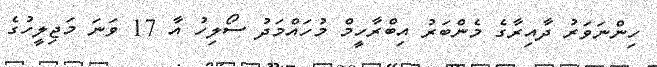
ހިންނަވަރު ދާއިރާގެ މެންބަރު އިބްރާހީމް މުހައްމަދު ސޯލިހު އާ 17 ވަނަ މަޖިލީހުގެ